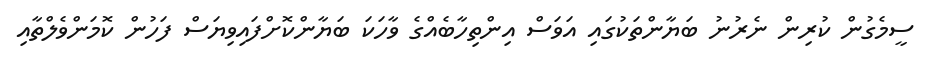
ސީމެގުން ކުރިން ނެރުނު ބަޔާންތަކުގައި އަވަސް އިންތިހާބެއްގެ ވާހަކަ ބަޔާންކޮށްފައިވިޔަސް ފަހުން ކޮމަންވެލްތާއި